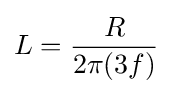
L={\frac {R}{2\pi (3f)}}